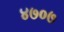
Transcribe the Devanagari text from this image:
४७०७